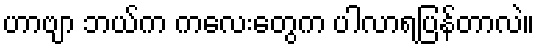
ဟာဗျာ ဘယ်က ကလေးတွေက ပါလာရပြန်တာလဲ။